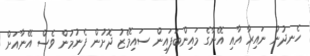
ހެނދުނު ނައިރާ އާއި އޭނާގެ މައިންބަފައިން ސައިމޭޒު ދޮށުން ފެނުމުން ވެސް އޭނާއަށް